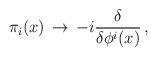
LaTeX: \begin{align*}\pi_i (x)\, \to\, - i { \delta \over \delta \phi^i (x)}\, ,\end{align*}